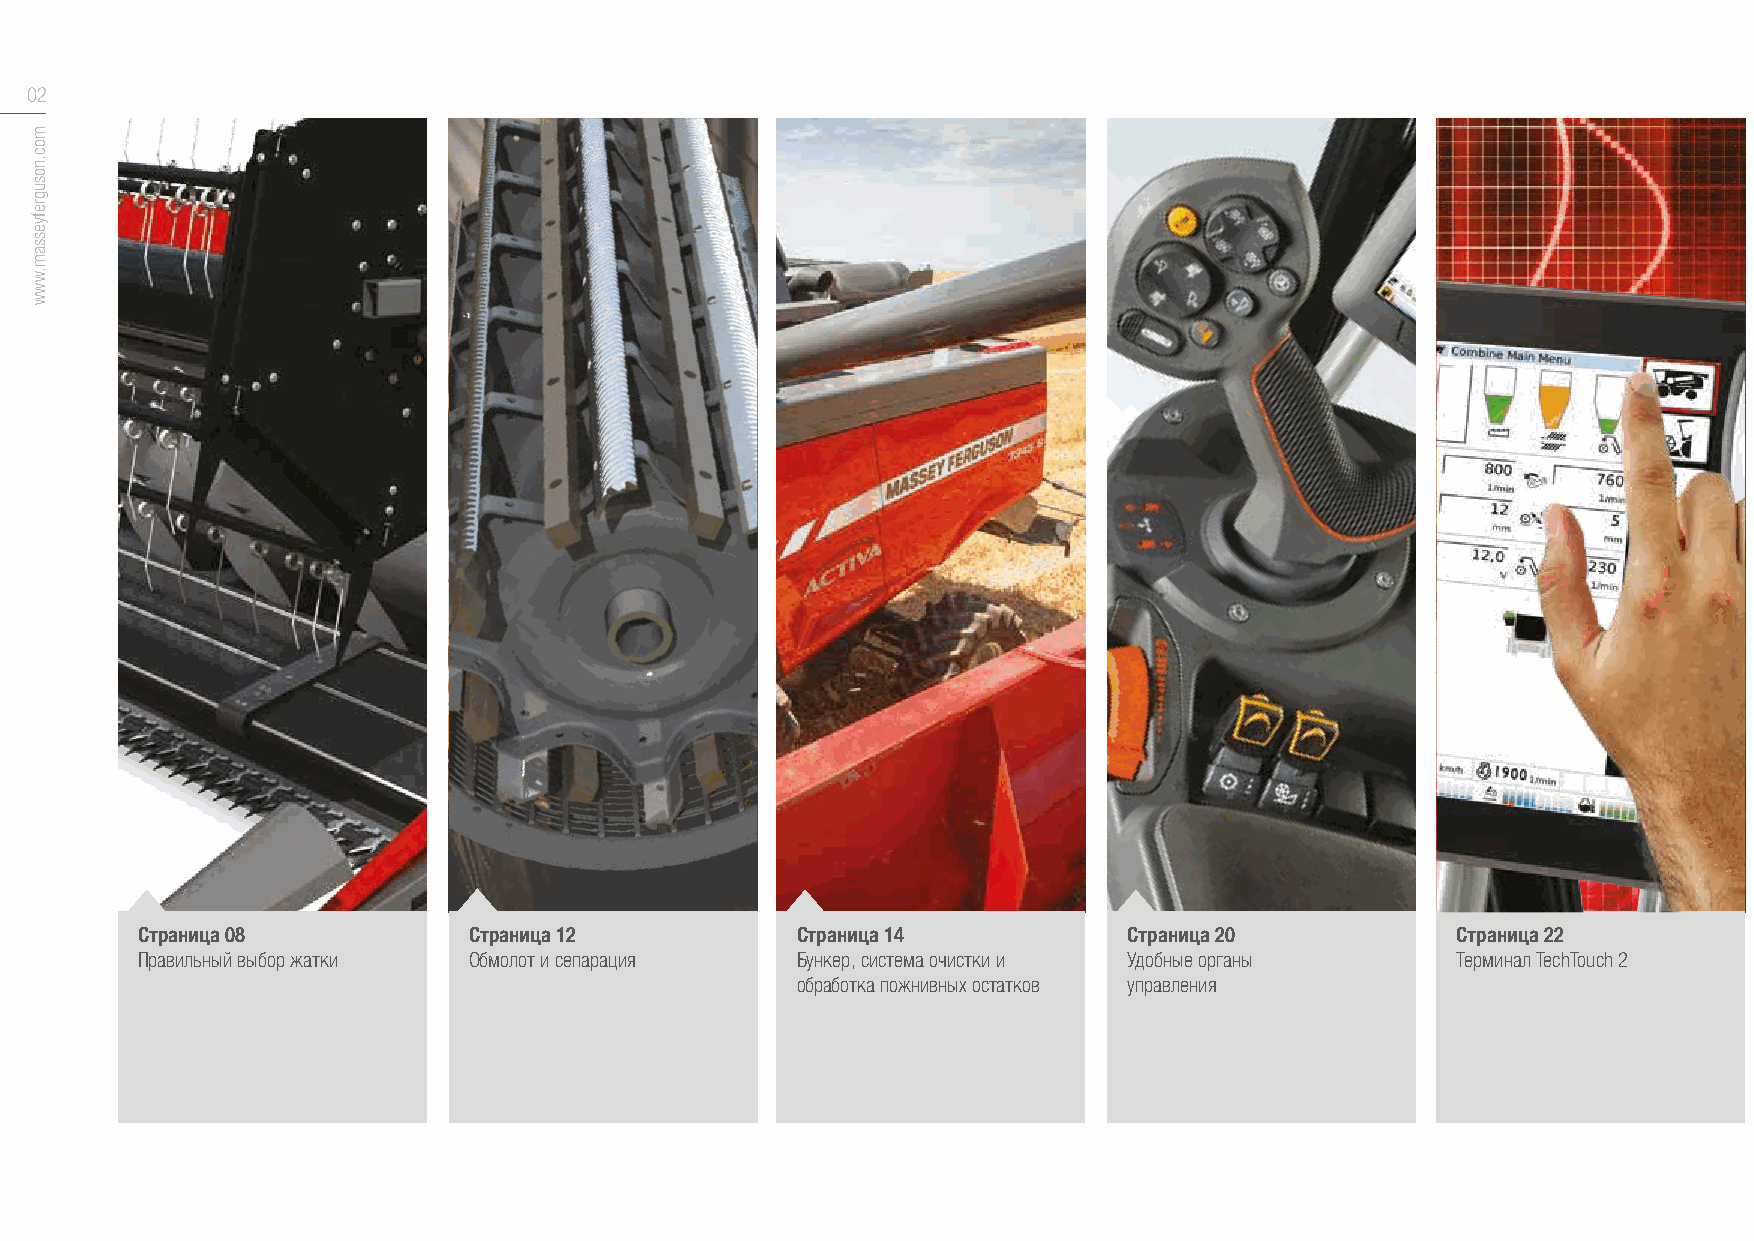
02
 Страница 08           Страница 12           Страница 14           Страница 20          Страница 22
 Правильный выбор жатки Обмолот и сепарация  Бункер, система очистки и Удобные органы   Терминал TechTouch 2
 обработка пожнивных остатков управления
 moc.nosugrefyessam.www